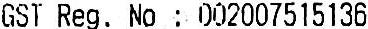
GST REG. NO : 002007515136